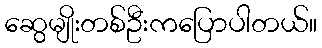
ဆွေမျိုးတစ်ဦးကပြောပါတယ်။